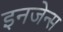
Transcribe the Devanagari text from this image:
इनजेन्स